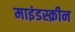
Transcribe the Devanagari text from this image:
माइंडस्क्रीन